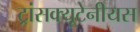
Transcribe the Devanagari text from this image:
ट्रांसक्यूटेनीयस